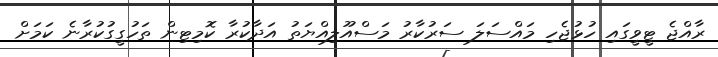
ރާއްޖެ ޓީވީގައި ހުޅުޖެހި މައްސަލަ ސަރުކާރު މަސްއޫލިއްޔަތު އަދާކުރާ ކޮމިޓިން ތަހުގީގުކުރާނެ ކަމަށް